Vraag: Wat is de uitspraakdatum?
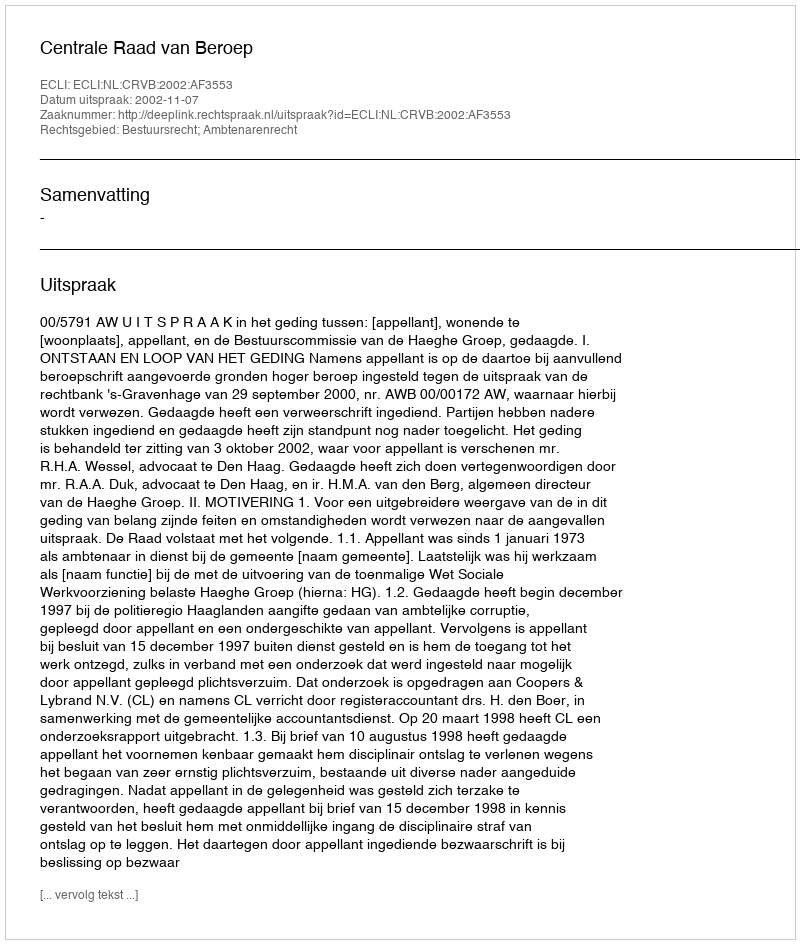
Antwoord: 2002-11-07